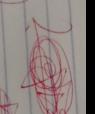
Signature authenticity: genuine